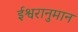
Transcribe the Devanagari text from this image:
ईश्वरानुमान